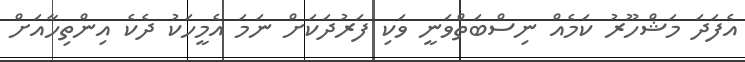
އެފަދަ މަޝްހޫރު ކަމެއް ނިސްބަތްވަނީ ވަކި ފަރުދަކަށް ނަމަ އެމީހަކު ދެކެ އިންތިހާއަށް